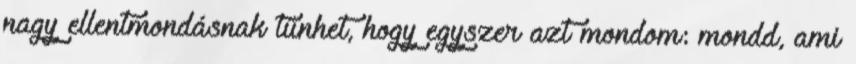
nagy ellentmondásnak tűnhet, hogy egyszer azt mondom: mondd, ami